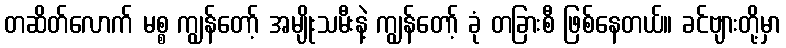
တဆိတ်လောက် မစ္စ ကျွန်တော့် အမျိုးသမီးနဲ့ ကျွန်တော့် ခုံ တခြားစီ ဖြစ်နေတယ်။ ခင်ဗျားတို့မှာ